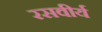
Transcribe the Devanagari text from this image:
रसवीर्य